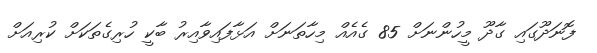
ފޮނަދޫގައި ގާދޫ މީހުންނަށް 85 ގެއެއް މިހާތަނަށް އަޅާފައިވާއިރު ބާކީ ހުރިގެތަކަށް ކުރިއަށް